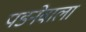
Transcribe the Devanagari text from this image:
पडनेवाला